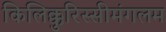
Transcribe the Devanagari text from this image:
किलिक्कुरिस्सीमंगलम